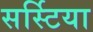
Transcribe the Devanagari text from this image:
सर्स्टिया